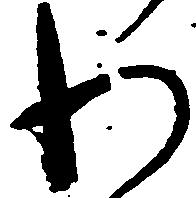
わ